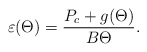
\begin{align*}\varepsilon(\Theta)=\frac{P_c+g(\Theta)}{B\Theta}.\end{align*}